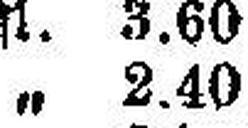
„ 2.40